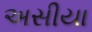
અસીયા